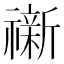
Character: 𮵟